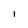
Character: i